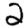
Digit: 2